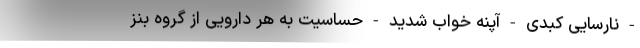
- نارسایی کبدی - آپنه خواب شدید - حساسیت به هر دارویی از گروه بنز